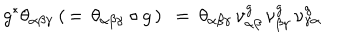
g ^ { * } \theta _ { \alpha \beta \gamma } \: ( \, = \, \theta _ { \alpha \beta \gamma } \circ g \, ) \: \: = \: \theta _ { \alpha \beta \gamma } \, \nu _ { \alpha \beta } ^ { g } \, \nu _ { \beta \gamma } ^ { g } \, \nu _ { \gamma \alpha } ^ { g }